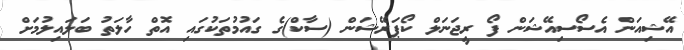
އޭޝިއަން އެސޯސިއޭޝަން ފޯ ރީޖަނަލް ކޯޕަރޭޝަން (ސާކް)ގެ ގައުމުތަކުގައި އޮތް ހާލަތު ބަލައިލުމަށް